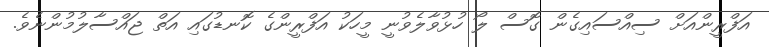
އަފްރީންއަށް ސިއްސައިގެން ގޮސް ލޯ ހުޅުވާލެވުނީ މީހަކު އަފްރީންގެ ކޮނޑުގައި އަތް ޖައްސާލުމުންނެވެ.